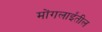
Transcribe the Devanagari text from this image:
मोंगलाईंतील